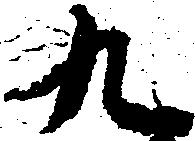
九